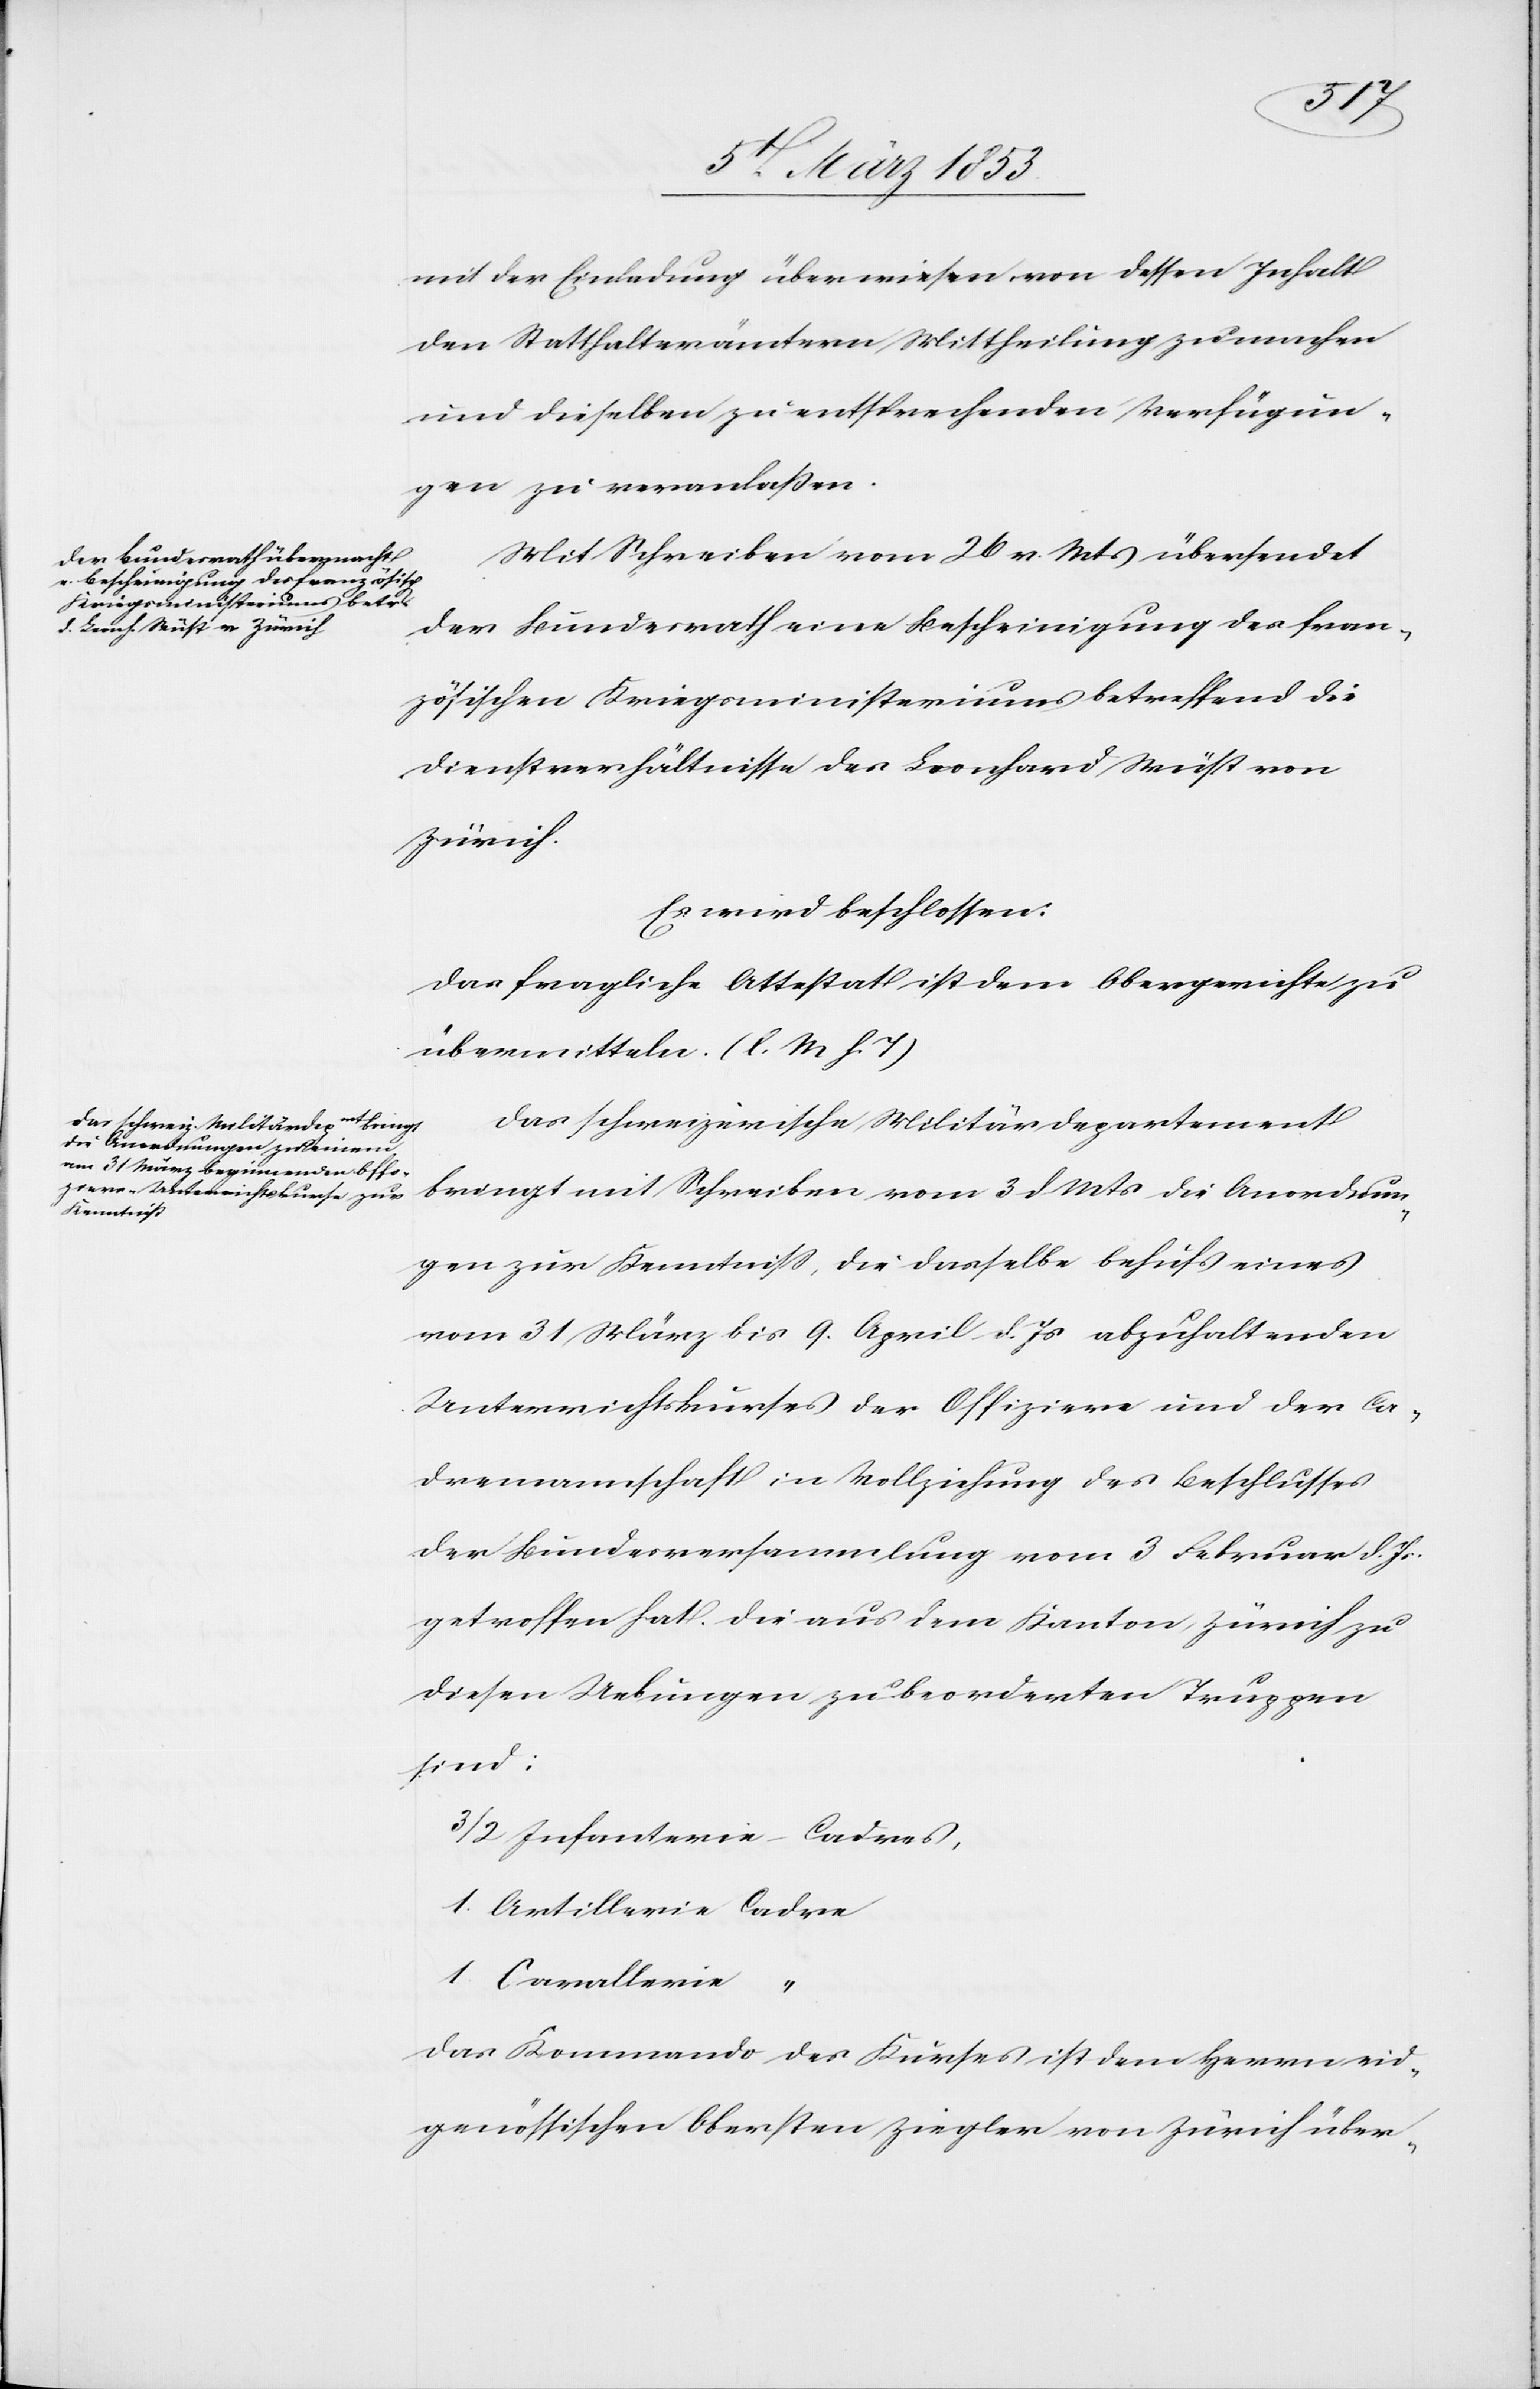
mit der Einladung überwiesen von dessen Inhalt
den Statthalterämtern Mittheilung zu machen
und dieselben zu entsprechenden Verfügun¬
gen zu veranlaßen.
Mit Schreiben vom 26 v. Mts. übersendet
der Bundesrath eine Bescheinigung des fran¬
zösischen Kriegsministeriums betreffend die
Dienstverhältnisse des Leonhard Wüst von
Zürich.
Es wird beschlossen:
Das fragliche Attestat ist dem Obergerichte zu
übermitteln [l. M. h. T]
Das schweizerische Militärdepartement
bringt mit Schreiben vom 3 d. Mts. die Anordnun¬
gen zur Kenntniß, die dasselbe behufs eines
vom 31 März bis 9 April d. Js. abzuhaltenden
Unterrichtskurses der Offiziere und der Ca¬
dremannschaft in Vollziehung des Beschlusses
der Bundesversammlung vom 3 Februar d. Js.
getroffen hat. Die aus dem Kanton Zürich zu
diesen Uebungen zu beorderten Truppen
sind:
3/2 Infanterie-Cadres,
1. Artillerie 	Cadre
1. Cavallerie
Das Kommando des Kurses ist dem Herrn eid¬
genössischen Obersten Ziegler von Zürich über-